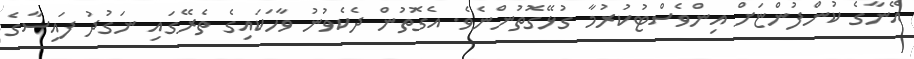
އޭނާގެ ކުންފުންޏަށް އިންވެސްޓުކުރުމާ ގުޅޭގޮތުންނެވެ. އެގޮތުން ދެކެވުނު ވާހަކައިގެ ތެރޭގައި ނަގުދު ފައިސާގެ